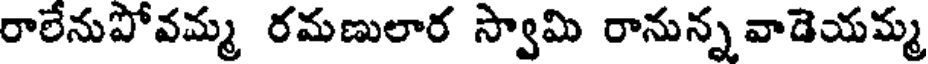
రాలేనుపోవమ్మ రమణులార స్వామి రానున్న వాడెయమ్మ